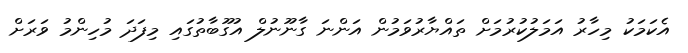
އެކަމަކު މިހާރު އަމަލުކުރުމަށް ތައްޔާރުވަމުން އަންނަ ގާނޫނުލް އުގޫބާތުގައި މިފަދަ މުހިންމު ވަރަށް